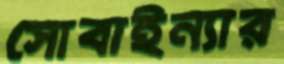
সোবাইন্যার